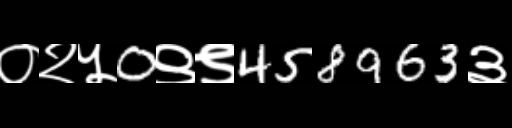
Text: ०२५0९९458963३